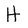
Character: H